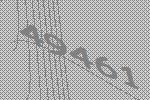
49461